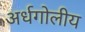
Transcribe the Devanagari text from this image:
अर्धगोलीय